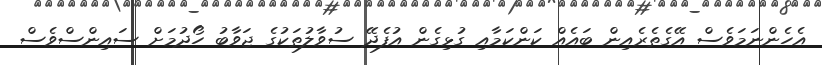
އެހެންނަމަވެސް އޭގެތެރެއިން ބައެއް ކަންކަމާއި ގުޅިގެން އުފެދޭ ސުވާލުތަކުގެ ޖަވާބު ހޯދުމަށް ސައިންސްވެސް